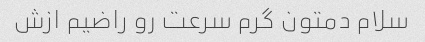
سلام دمتون گرم سرعت رو راضیم ازش